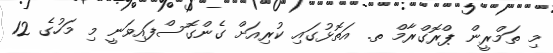
މި ތަމްރީން ޕްރޮގްރާމް ތ. އަތޮޅުގައި ކުރިއަށް ގެންގޮސްފައިވަނީ މި މަހުގެ 12